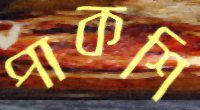
পাকশি